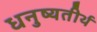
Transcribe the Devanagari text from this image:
धनुष्यतीर्थ